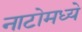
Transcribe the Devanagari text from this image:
नाटोमध्ये